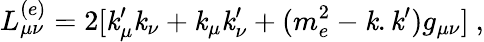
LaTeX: L_{\mu\nu}^{(e)}=2[\mathit{k}_{\mu}^{\prime}\mathit{k}_{\nu}+\mathit{k}_{\mu}\mathit{k}_{\nu}^{\prime}+(m_{e}^{2}-\mathit{k}.\mathit{k}^{\prime})g_{\mu\nu}]\ ,